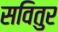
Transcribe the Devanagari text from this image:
सवितुर